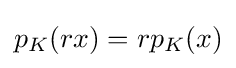
{\textstyle p_{K}(rx)=rp_{K}(x)}